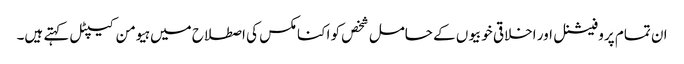
ان تمام پروفیشنل اور اخلاقی خوبیوں کے حامل شخص کو اکنامکس کی اصطلاح میں ہیومن کیپٹل کہتے ہیں۔